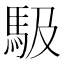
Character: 馺